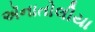
ઍનાતોલીયા